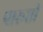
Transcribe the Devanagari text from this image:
पारूशी